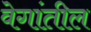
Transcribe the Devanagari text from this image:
वेगांतील